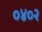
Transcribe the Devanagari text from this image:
०४०२